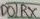
Text: DO/RX